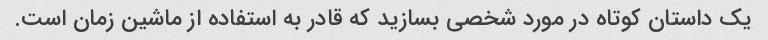
یک داستان کوتاه در مورد شخصی بسازید که قادر به استفاده از ماشین زمان است.